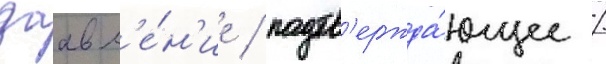
заавл'е́н'ие / подтв'ержда́ющее /